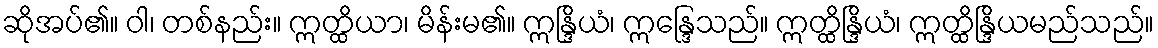
ဆိုအပ်၏။ ဝါ၊ တစ်နည်း။ ဣတ္ထိယာ၊ မိန်းမ၏။ ဣန္ဒြိယံ၊ ဣန္ဒြေသည်။ ဣတ္ထိန္ဒြိယံ၊ ဣတ္ထိန္ဒြိယမည်သည်။